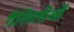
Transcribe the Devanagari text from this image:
गैलिलीओं